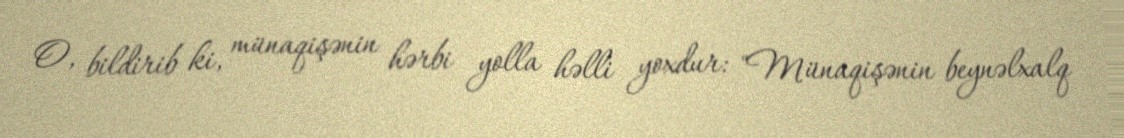
O, bildirib ki, münaqişənin hərbi yolla həlli yoxdur: "Münaqişənin beynəlxalq